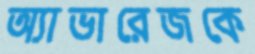
অ্যাভারেজকে